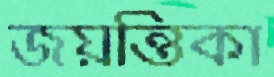
জয়ন্তিকা